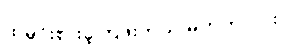
ထမင်းစားခဲ့ကြဖူးတယ် မဟုတ်လား။